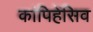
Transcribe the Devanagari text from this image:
कांपिहेंसिव